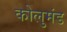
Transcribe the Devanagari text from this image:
कोलुमंड